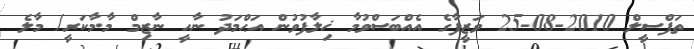
ތަފްސީލް 2010-08-25 ވަޒީފާގެ އެއްބަސްވުމާ ޚިލާފުވުން އަޙްމަދު ނާހީ ނާޒިމް މާ.މާކަރީ/ މާލެ